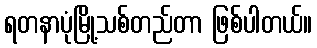
ရတနာပုံမြို့သစ်တည်တာ ဖြစ်ပါတယ်။